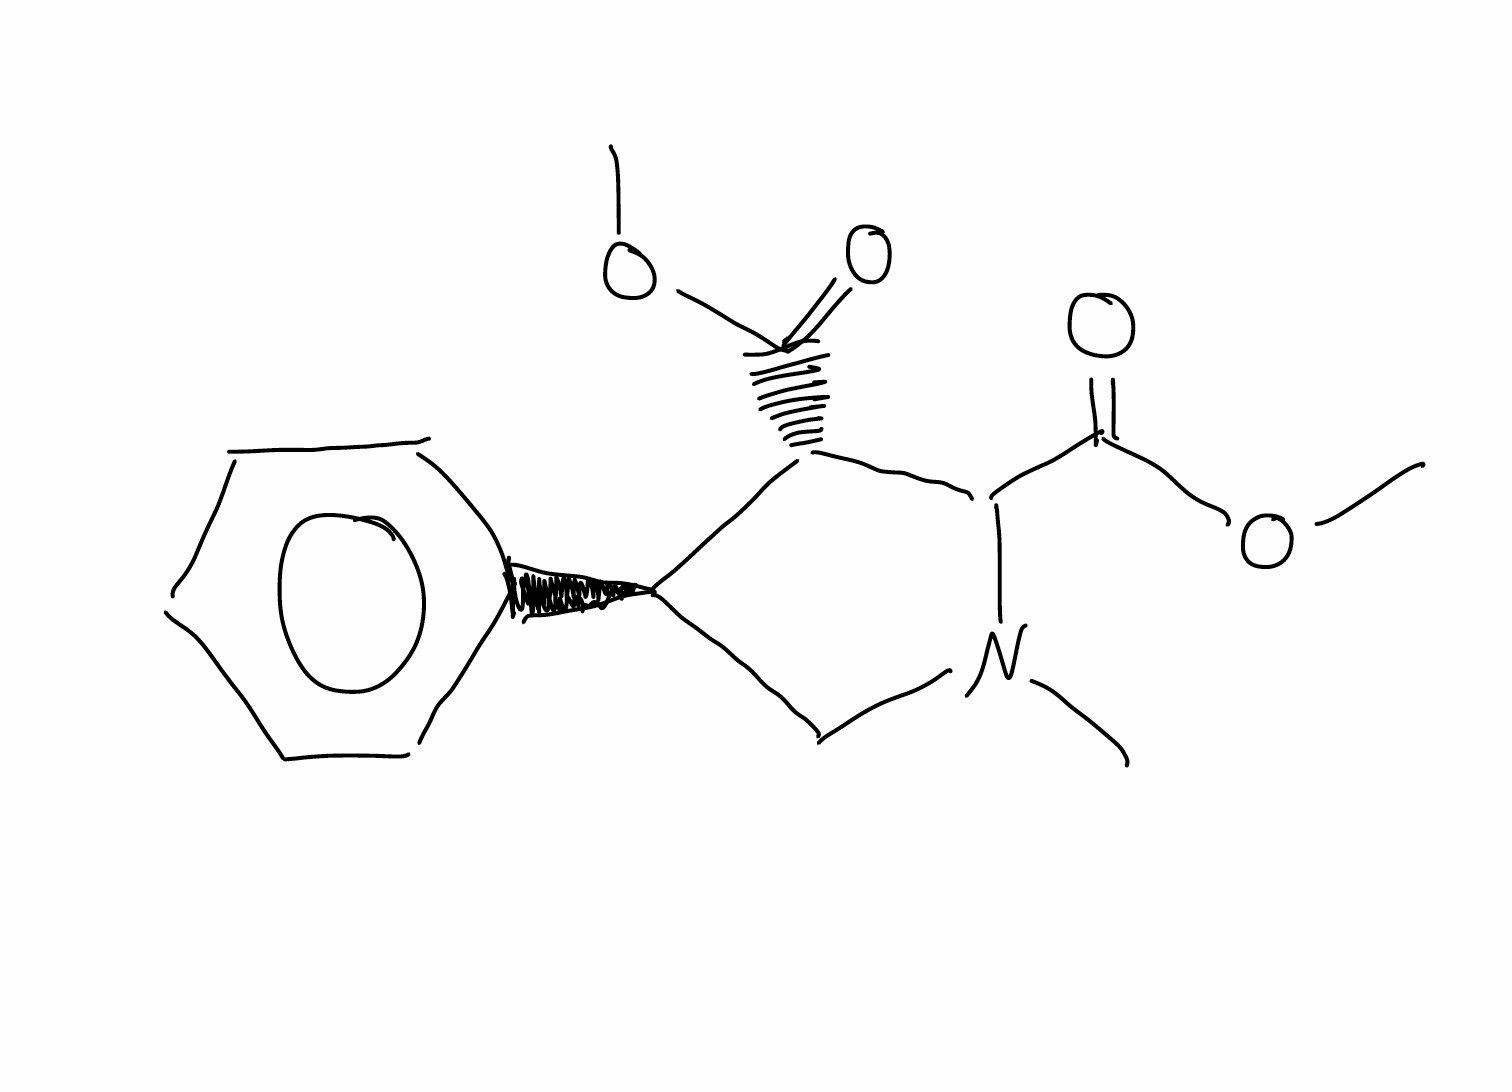
Simplified molecular-input line-entry system (SMILES) notation of the given molecule:
CN1C[C@H]([C@@H](C1C(=O)OC)C(=O)OC)C2=CC=CC=C2